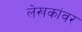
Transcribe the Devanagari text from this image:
लेखकांवर